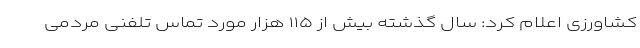
کشاورزی اعلام کرد: سال گذشته بیش از ۱۱۵ هزار مورد تماس تلفنی مردمی